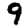
Digit: 9